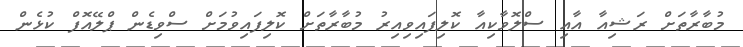
މުބާރާތަށް ރަޝިއާ އާއި ސްލޮވާކިއާ ކޮލިފައިވިއިރު މުބާރާތަށް ކޮލިފައިވުމަށް ސްވިޑެން ޕްލޭއޮފް ކުޅެން